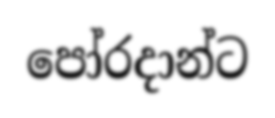
පෝරදාන්ට